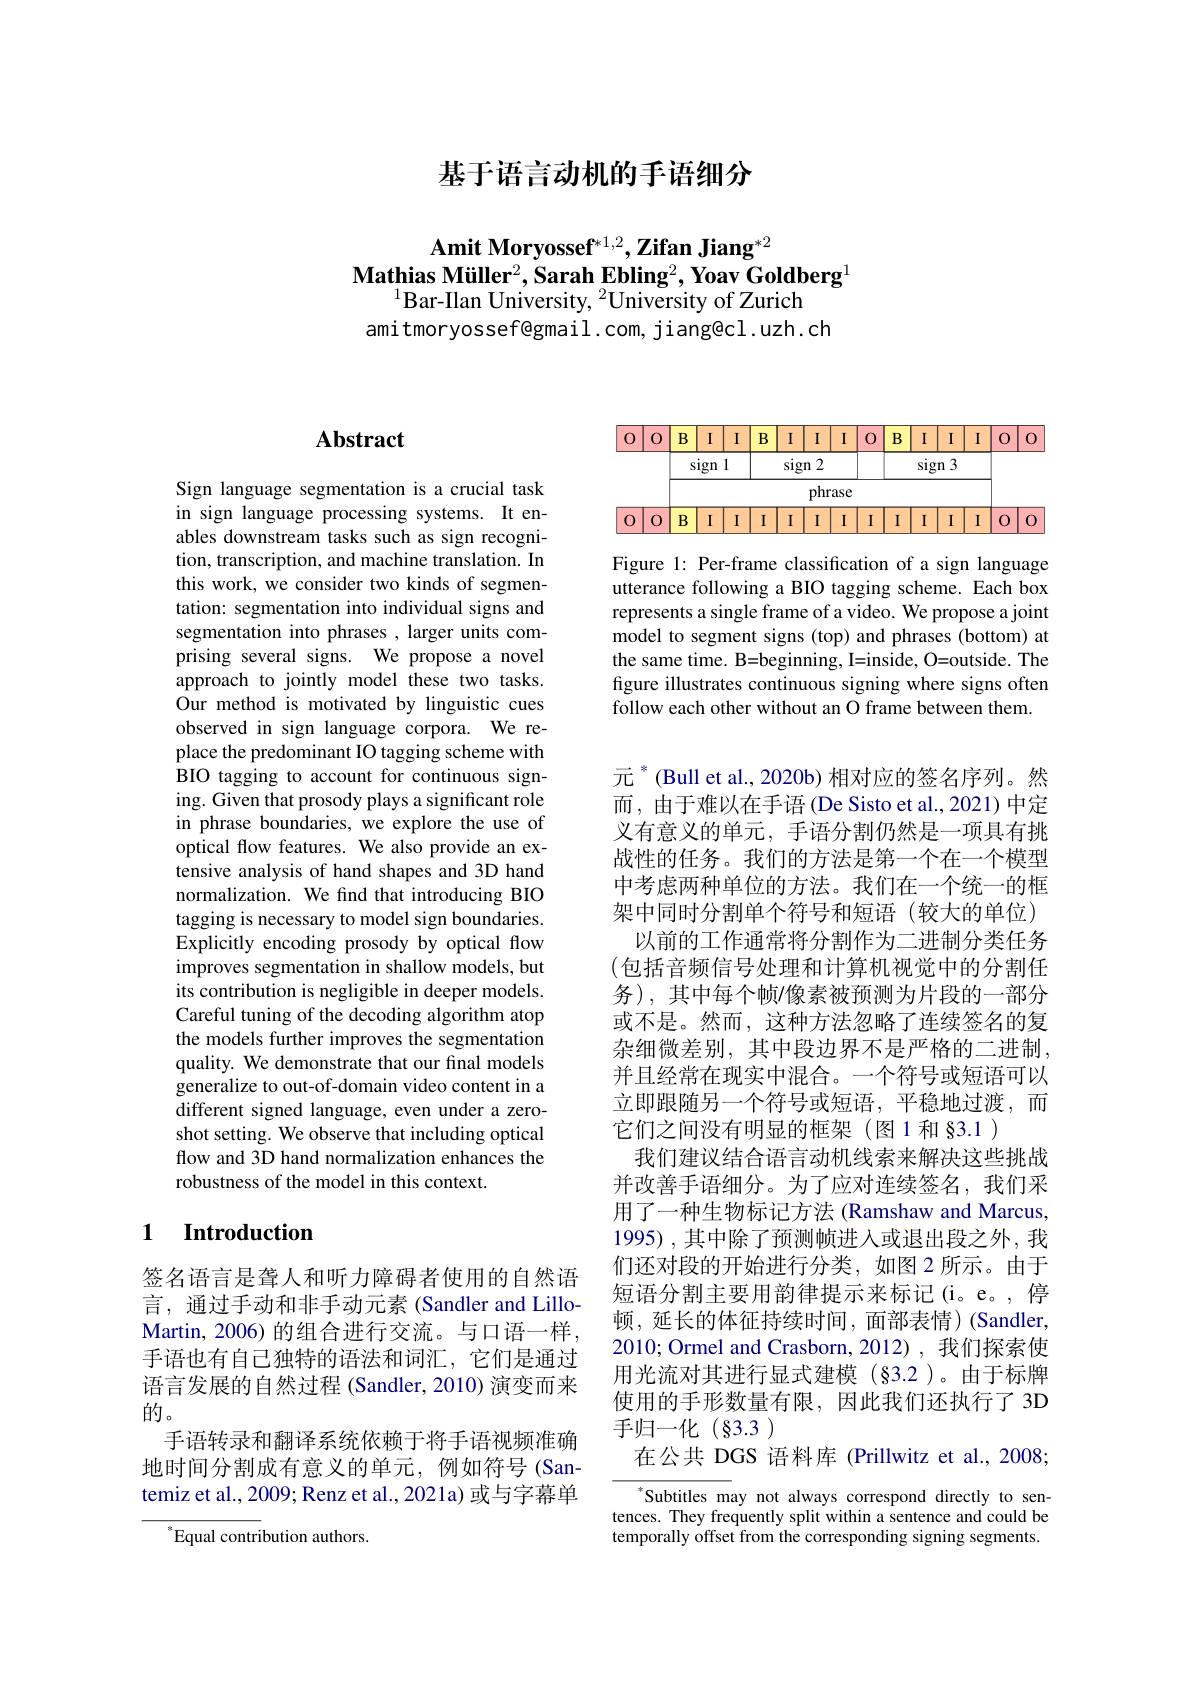
基于语言动机的手语细分

$\textbf{Amit Moryossef}^{*1,2},\textbf{Zifan Jiang}^{*2}$
$\textbf{Mathias Müller}^2,\textbf{Sarah Ebling}^2,\textbf{Yoav Goldberg}^1$
$^{1}$Bar-Ilan University, $^2$University of Zurich
amitmoryossef@gmail.com, jiang@cl.uzh.ch

# Abstract

Sign language segmentation is a crucial task in sign language processing systems. It enables downstream tasks such as sign recognition, transcription, and machine translation. In this work, we consider two kinds of segmentation: segmentation into individual signs and segmentation into phrases , larger units comprising several signs. We propose a novel approach to jointly model these two tasks. Our method is motivated by linguistic cues observed in sign language corpora. We replace the predominant IO tagging scheme with BIO tagging to account for continuous signing. Given that prosody plays a significant role in phrase boundaries, we explore the use of optical flow features. We also provide an extensive analysis of hand shapes and 3D hand normalization. We find that introducing BIO tagging is necessary to model sign boundaries. Explicitly encoding prosody by optical flow improves segmentation in shallow models, but its contribution is negligible in deeper models. Careful tuning of the decoding algorithm atop the models further improves the segmentation quality. We demonstrate that our final models generalize to out-of-domain video content in a different signed language, even under a zeroshot setting. We observe that including optical flow and 3D hand normalization enhances the robustness of the model in this context.

### 1 $\textbf{Introduction}$

签名语言是聋人和听力障碍者使用的自然语言，通过手动和非手动元素(Sandler and LilloMartin, 2006) 的组合进行交流。与口语一样， 手语也有自己独特的语法和词汇，它们是通过语言发展的自然过程 (Sandler, 2010) 演变而来的。
手语转录和翻译系统依赖于将手语视频准确地时间分割成有意义的单元，例如符号(Santemiz et al., 2009; Renz et al., 2021a) 或与字幕单

$^{*}$Equal contribution authors.

<FigureHere>

Figure 1: Per-frame classification of a sign language utterance following a BIO tagging scheme. Each box represents a single frame of a video. We propose a joint model to segment signs (top) and phrases (bottom) at the same time. B=beginning, I=inside, O=outside. The figure illustrates continuous signing where signs often follow each other without an O frame between them.

元$^{*}$(Bull et al., 2020b) 相对应的签名序列。然而，由于难以在手语 (De Sisto et al., 2021) 中定义有意义的单元，手语分割仍然是一项具有挑战性的任务。我们的方法是第一个在一个模型中考虑两种单位的方法。我们在一个统一的框架中同时分割单个符号和短语(较大的单位)
以前的工作通常将分割作为二进制分类任务(包括音频信号处理和计算机视觉中的分割任务),其中每个帧/像素被预测为片段的一部分或不是。然而，这种方法忽略了连续签名的复杂细微差别，其中段边界不是严格的二进制， 并且经常在现实中混合。一个符号或短语可以立即跟随另一个符号或短语，平稳地过渡，而它们之间没有明显的框架(图1和§3.1)
我们建议结合语言动机线索来解决这些挑战并改善手语细分。为了应对连续签名，我们采用了一种生物标记方法 (Ramshaw and Marcus, 1995) , 其中除了预测帧进入或退出段之外，我们还对段的开始进行分类，如图 2 所示。由于短语分割主要用韵律提示来标记(i。e。,停顿，延长的体征持续时间，面部表情)(Sandler, 2010; Ormel and Crasborn, 2012) , 我们探索使用光流对其进行显式建模(§3.2)。由于标牌使用的手形数量有限，因此我们还执行了3D 手归一化(§3.3)
在公共 DGS 语料库 (Prillwitz et al., 2008;

Subtitles may not always correspond directly to sentences. They frequently split within a sentence and could be temporally offset from the corresponding signing segments.